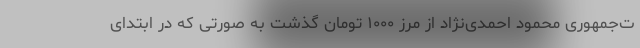
ت‌جمهوری محمود احمدی‌نژاد از مرز ۱۰۰۰ تومان گذشت به صورتی که در ابتدای